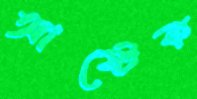
আষ্টেক